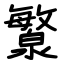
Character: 瀪